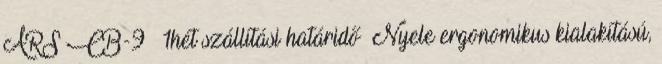
ARS CB-9 1hét szállítási határidő Nyele ergonomikus kialakítású,